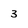
Character: 3